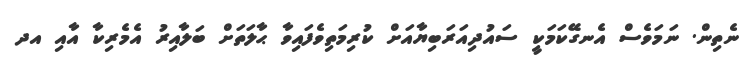
ނެތިން. ނަމަވެސް އެނގޭކަމަކީ ސައުދިއަރަބިޔާއަށް ކުރިމަތިވެފައިވާ ޙާލަތަށް ބަލާއިރު އެމެރިކާ އާއި އދ